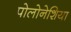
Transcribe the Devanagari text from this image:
पोलोनेशिया